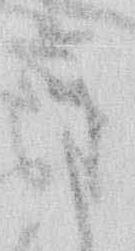
き